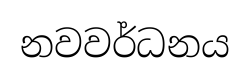
නවවර්ධනය